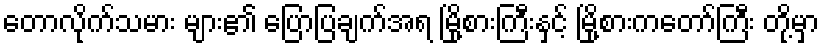
တောလိုက်သမား များ၏ ပြောပြချက်အရ မြို့စားကြီးနှင့် မြို့စားကတော်ကြီး တို့မှာ